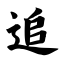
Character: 追